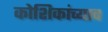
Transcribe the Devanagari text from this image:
कोशिकांच्याच